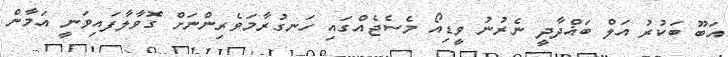
އަބޫ ބަކުރު އަލް ބަޣްދާދީ ނެރުނު ވީޑިއޯ މެސެޖެއްގައި ހަނގުރާމަވެރިންނަށް ގޮވާލާފައިވަނީ އަމާން